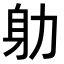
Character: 𭄨